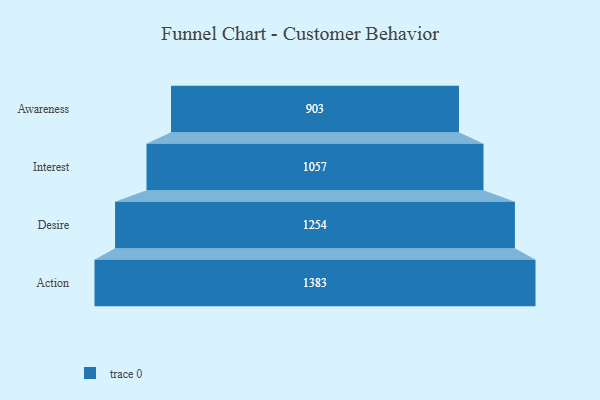
{"axis": {"x": "Stage", "y": "Value"}, "legend": [""], "data": [{"x": "Awareness", "y": 903.0, "type": ""}, {"x": "Interest", "y": 1057.0, "type": ""}, {"x": "Desire", "y": 1254.0, "type": ""}, {"x": "Action", "y": 1383.0, "type": ""}]}